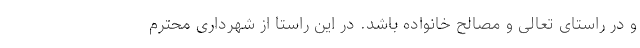
و در راستای تعالی و مصالح خانواده باشد. در این راستا از شهرداری محترم